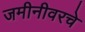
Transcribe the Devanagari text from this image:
जमीनीवरचे